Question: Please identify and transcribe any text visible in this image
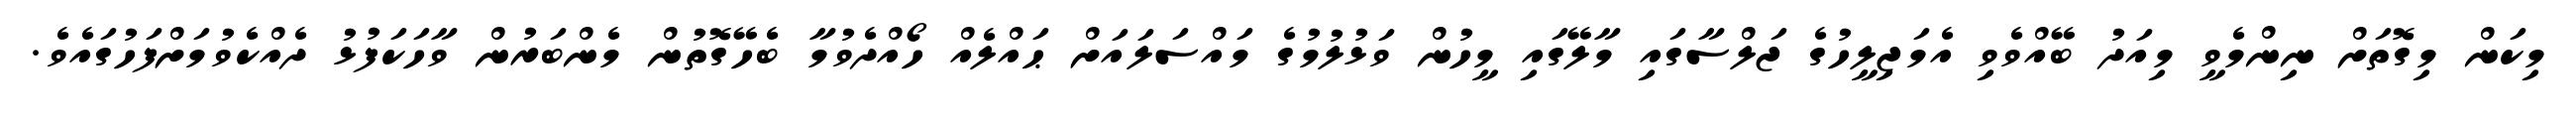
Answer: މިކަން މިގޮތަށް ނިންމެވީ މިއަދު ބޭއްވެވި އެމަޖިލީހުގެ ޖަލްސާގައި މާލޭގައި މީހުން ވަޅުލުމުގެ މައްސަލައަށް ޙައްލެއް ހޯއްދެވުމާ ބެހޭގޮތުން މެންބަރުން ވާހަކަފުޅު ދެއްކެވުމަށްފަހުގައެވެ.